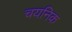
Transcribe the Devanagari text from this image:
चयनिक